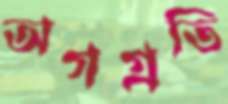
অগগ্রতি